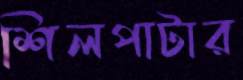
শিলপাটার